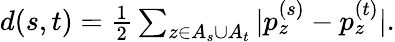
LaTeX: \begin{array}{r}{d(s,t)=\frac 12\sum_{z\in A_{s}\cup A_{t}}|p_{z}^{(s)}-p_{z}^{(t)}|.}\end{array}